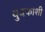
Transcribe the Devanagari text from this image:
युवकांशी